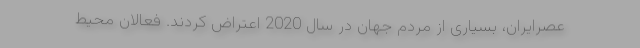
عصرایران، بسیاری از مردم جهان در سال 2020 اعتراض کردند. فعالان محیط